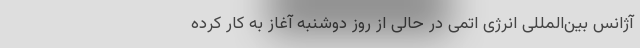
آژانس بین‌المللی انرژی اتمی در حالی از روز دوشنبه آغاز به کار کرده